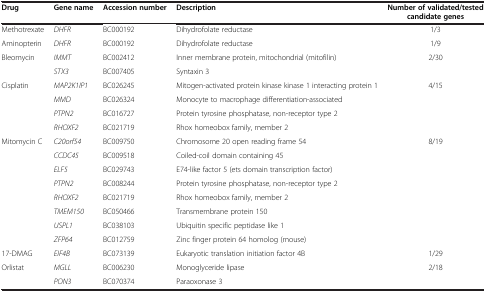
| Drug | Gene name | Accession number | Description | Number of validated/tested candidate genes |
 | --- | --- | --- | --- | --- |
 | Methotrexate | DHFR | BC000192 | Dihydrofolate reductase | 1/3 |
 | Aminopterin | DHFR | BC000192 | Dihydrofolate reductase | 1/9 |
 | <ROWSPAN=2> Bleomycin | IMMT | BC002412 | Inner membrane protein, mitochondrial (mitofilin) | <ROWSPAN=2> 2/30 |
 | STX3 | BC007405 | Syntaxin 3 |
 | <ROWSPAN=4> Cisplatin | MAP2K1IP1 | BC026245 | Mitogen-activated protein kinase kinase 1 interacting protein 1 | <ROWSPAN=4> 4/15 |
 | MMD | BC026324 | Monocyte to macrophage differentiation-associated |
 | PTPN2 | BC016727 | Protein tyrosine phosphatase, non-receptor type 2 |
 | RHOXF2 | BC021719 | Rhox homeobox family, member 2 |
 | <ROWSPAN=8> Mitomycin C | C20orf54 | BC009750 | Chromosome 20 open reading frame 54 | <ROWSPAN=8> 8/19 |
 | CCDC45 | BC009518 | Coiled-coil domain containing 45 |
 | ELF5 | BC029743 | E74-like factor 5 (ets domain transcription factor) |
 | PTPN2 | BC008244 | Protein tyrosine phosphatase, non-receptor type 2 |
 | RHOXF2 | BC021719 | Rhox homeobox family, member 2 |
 | TMEM150 | BC050466 | Transmembrane protein 150 |
 | USPL1 | BC038103 | Ubiquitin specific peptidase like 1 |
 | ZFP64 | BC012759 | Zinc finger protein 64 homolog (mouse) |
 | 17-DMAG | EIF4B | BC073139 | Eukaryotic translation initiation factor 4B | 1/29 |
 | <ROWSPAN=2> Orlistat | MGLL | BC006230 | Monoglyceride lipase | <ROWSPAN=2> 2/18 |
 | PON3 | BC070374 | Paraoxonase 3 |